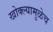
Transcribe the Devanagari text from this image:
खोक्ल्यामुळेच